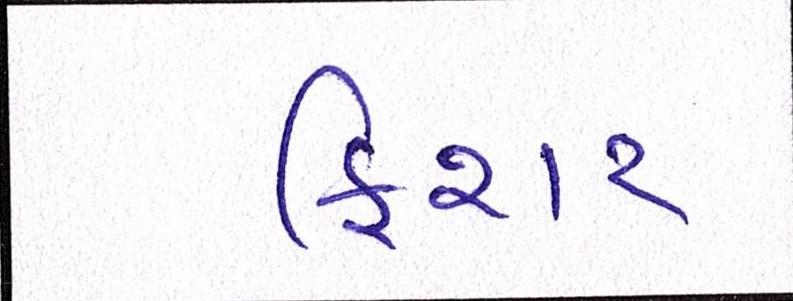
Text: ફિશર